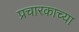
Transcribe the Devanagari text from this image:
प्रचारकाच्या